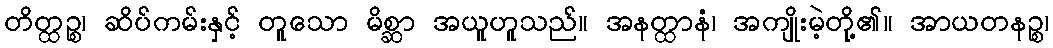
တိတ္ထဉ္စ၊ ဆိပ်ကမ်းနှင့် တူသော မိစ္ဆာ အယူဟူသည်။ အနတ္ထာနံ၊ အကျိုးမဲ့တို့၏။ အာယတနဉ္စ၊